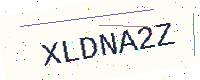
Text: XLDNA2Z